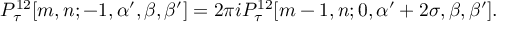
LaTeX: P _ { \tau } ^ { 1 2 } [ m , n ; - 1 , \alpha ^ { \prime } , \beta , \beta ^ { \prime } ] = 2 \pi i P _ { \tau } ^ { 1 2 } [ m - 1 , n ; 0 , \alpha ^ { \prime } + 2 \sigma , \beta , \beta ^ { \prime } ] .